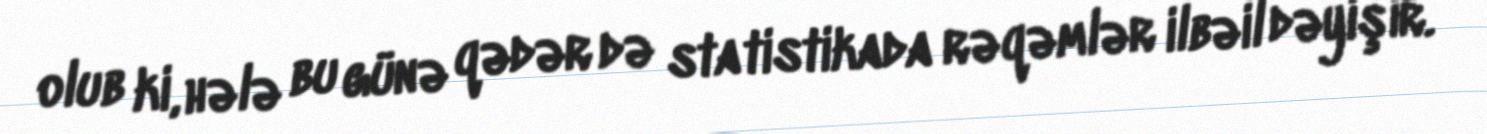
olub ki, hələ bu günə qədər də statistikada rəqəmlər ilbəil dəyişir.